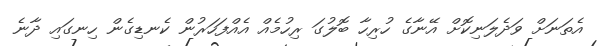
އެތަނަށް ވަދެލަނިކޮށް އޭނާގެ ހުރިހާ ބޮލުގަ ރިހުމެއް އެއްފަހަރުން ކެނޑިގެން ހިނގައި ދާނެ